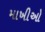
માખીઓ